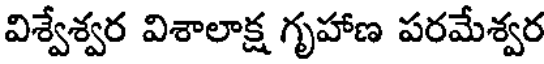
విశ్వేశ్వర విశాలాక్ష గృహాణ పరమేశ్వర